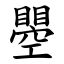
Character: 瞾